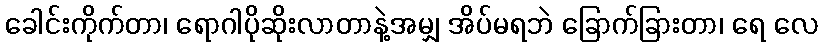
ခေါင်းကိုက်တာ၊ ရောဂါပိုဆိုးလာတာနဲ့အမျှ အိပ်မရဘဲ ခြောက်ခြားတာ၊ ရေ လေ